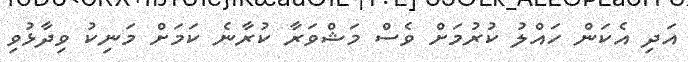
އަދި އެކަން ހައްލު ކުރުމަށް ވެސް މަޝްވަރާ ކުރާނެ ކަމަށް މަނިކު ވިދާޅުވި